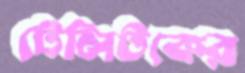
টেলিটকের